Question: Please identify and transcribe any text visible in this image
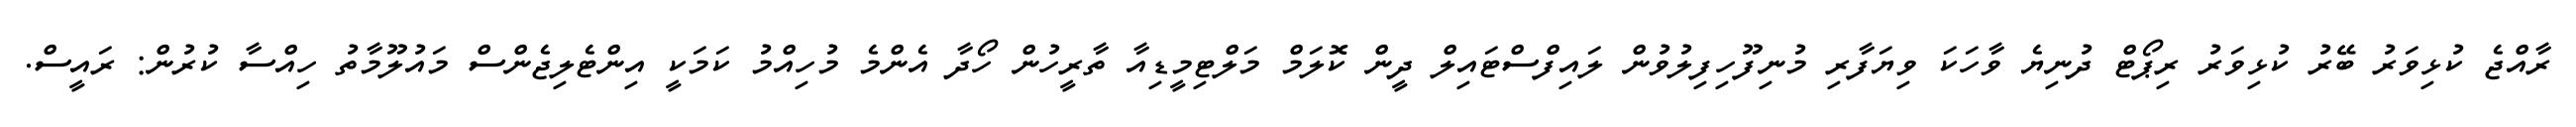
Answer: ރާއްޖެ ކުޅިވަރު ބޭރު ކުޅިވަރު ރިޕޯޓް ދުނިޔެ ވާހަކަ ވިޔަފާރި މުނިފޫހިފިލުވުން ލައިފްސްޓައިލް ދީން ކޮލަމް މަލްޓިމީޑިއާ ތާރީހުން ހޯދާ އެންމެ މުހިއްމު ކަމަކީ އިންޓެލިޖެންސް މައުލޫމާތު ހިއްސާ ކުރުން: ރައީސް.